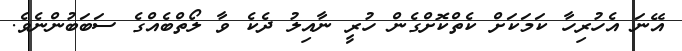
އޭނަ އެހުރިހާ ކަމަކަށް ކެތްކޮށްގެން ހުރީ ނާއިލު ދެކެ ވާ ލޯތްބެއްގެ ސަބަބުންނެވެ.